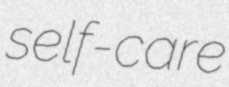
self-care